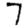
Digit: 7